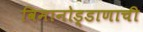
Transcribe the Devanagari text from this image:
विमानोड्डाणाची